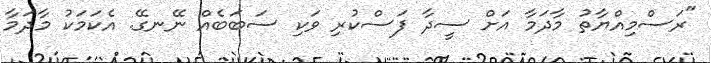
"ރަސްމިއްޔާތު މާދަމާ އަށް ސީދާ ފަސްކުރި ވަކި ސަބަބެއް ނޭނގޭ. އެކަމަކު މާދަމާ